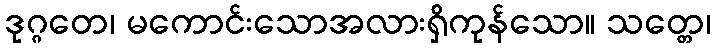
ဒုဂ္ဂတေ၊ မကောင်းသောအလားရှိကုန်သော။ သတ္တေ၊